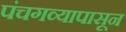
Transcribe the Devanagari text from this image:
पंचगव्यापासून